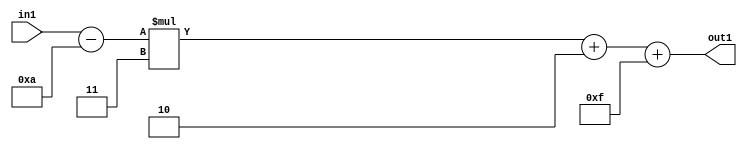
`timescale 1ps / 1ps
/*****************************************************************************
    Verilog RTL Description
    
    
    Created by: Stratus DpOpt 21.05.01 
*******************************************************************************/

module SobelFilter_Add2i15Add2i2Mul2i3Subi10s6_4 (
	in1,
	out1
	); /* architecture "behavioural" */ 
input [5:0] in1;
output [5:0] out1;
wire [5:0] asc001,
	asc003,
	asc004;

assign asc004 = 
	+(in1)
	-(6'B001010);

wire [5:0] asc003_tmp_0;
assign asc003_tmp_0 = 
	+(asc004 * 6'B000011);
assign asc003 = asc003_tmp_0
	+(6'B000010);

assign asc001 = 
	+(asc003)
	+(6'B001111);

assign out1 = asc001;
endmodule

/* CADENCE  uLj3Swo= : u9/ySxbfrwZIxEzHVQQV8Q== ** DO NOT EDIT THIS LINE ******/